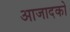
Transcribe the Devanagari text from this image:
आजादको